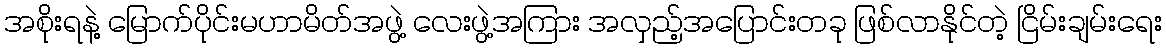
အစိုးရနဲ့ မြောက်ပိုင်းမဟာမိတ်အဖွဲ့ လေးဖွဲ့အကြား အလှည့်အပြောင်းတခု ဖြစ်လာနိုင်တဲ့ ငြိမ်းချမ်းရေး